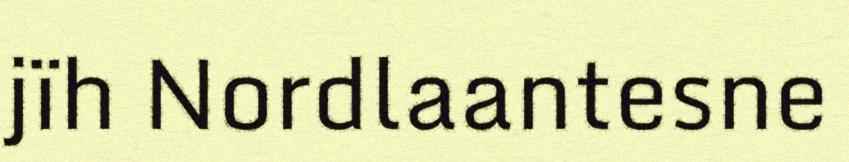
jïh Nordlaantesne